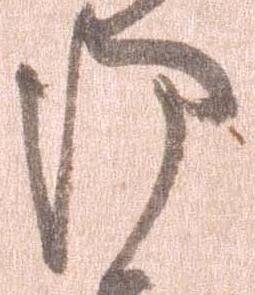
御